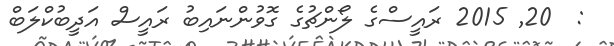
:  20